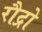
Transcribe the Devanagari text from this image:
रौद्रो